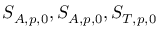
S _ { A , p , 0 } , S _ { A , p , 0 } , S _ { T , p , 0 }